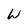
Character: W